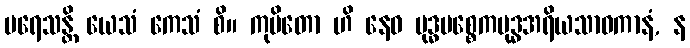
ပရေသန္တိ ယေသံ ကေသံ စိ။ ကုပိတော ဟိ နေဝ ဗုဒ္ဓပစ္စေကဗုဒ္ဓအရိယသာဝကာနံ, န